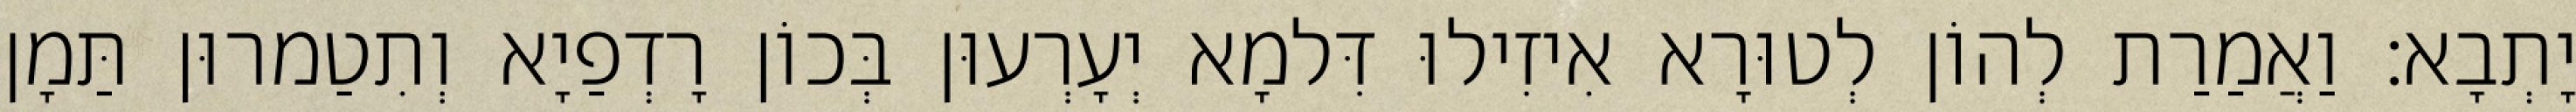
יָתְבָא׃ וַאֲמַרַת לְהוֹן לְטוּרָא אִיזִילוּ דִּלמָא יְעָרְעוּן בְּכוֹן רָדְפַיָא וְתִטַמרוּן תַּמָן